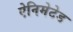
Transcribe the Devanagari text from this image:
ऐनिमेटेड